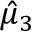
\hat { \mu } _ { 3 }